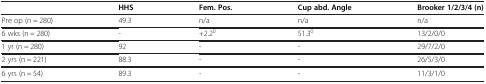
<table><thead><tr><td><b> </b></td><td><b>HHS</b></td><td><b>Fem. Pos.</b></td><td><b>Cup abd. Angle</b></td><td><b>Brooker 1/2/3/4 (n)</b></td></tr></thead><tbody><tr><td>Pre op (n = 280)</td><td>49.3</td><td>n/a</td><td>n/a</td><td>n/a</td></tr><tr><td>6 wks (n = 280)</td><td>-</td><td>+2.2<sup>0</sup></td><td>51.3<sup>0</sup></td><td>13/2/0/0</td></tr><tr><td>1 yr (n = 280)</td><td>92</td><td>-</td><td>-</td><td>29/7/2/0</td></tr><tr><td>2 yrs (n = 221)</td><td>88.3</td><td>-</td><td>-</td><td>26/5/3/0</td></tr><tr><td>6 yrs (n = 54)</td><td>89.3</td><td>-</td><td>-</td><td>11/3/1/0</td></tr></tbody></table>